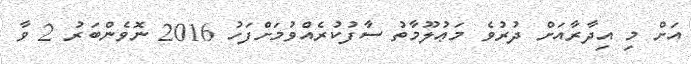
އަށް މި އިދާރާއަށް ދުރުވެ މަޢުލޫމާތު ސާފުކުރެއްވުމަށްފަހު 2016 ނޮވެންބަރު 2 ވާ